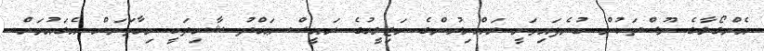
އެންގޯލާގެ ނޫސްތަކުން ބުނެފައިވަނީ ރައްޔިރުންގެ މަޖިލީހުގެ ރައީސް ޢަބްދު ޝާހިދަކީ މިހާތަނަށް އެގައުމަށް